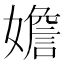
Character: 㜬